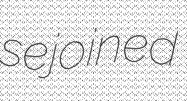
sejoined